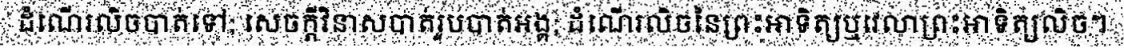
ដំណើរលិចបាត់ទៅ; សេចក្តីវិនាសបាត់រូបបាត់អង្គ; ដំណើរលិចនៃព្រះអាទិត្យឬវេលាព្រះអាទិត្យលិច។